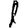
Digit: 1